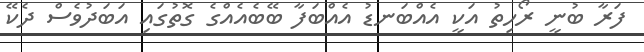
ފަރާ ބުނީ ރޯހިތު އަކީ އެއްބަނޑު އެއްބަފާ ބޭބެއެއްގެ ގޮތުގައި އަބަދުވެސް ދެކޭ